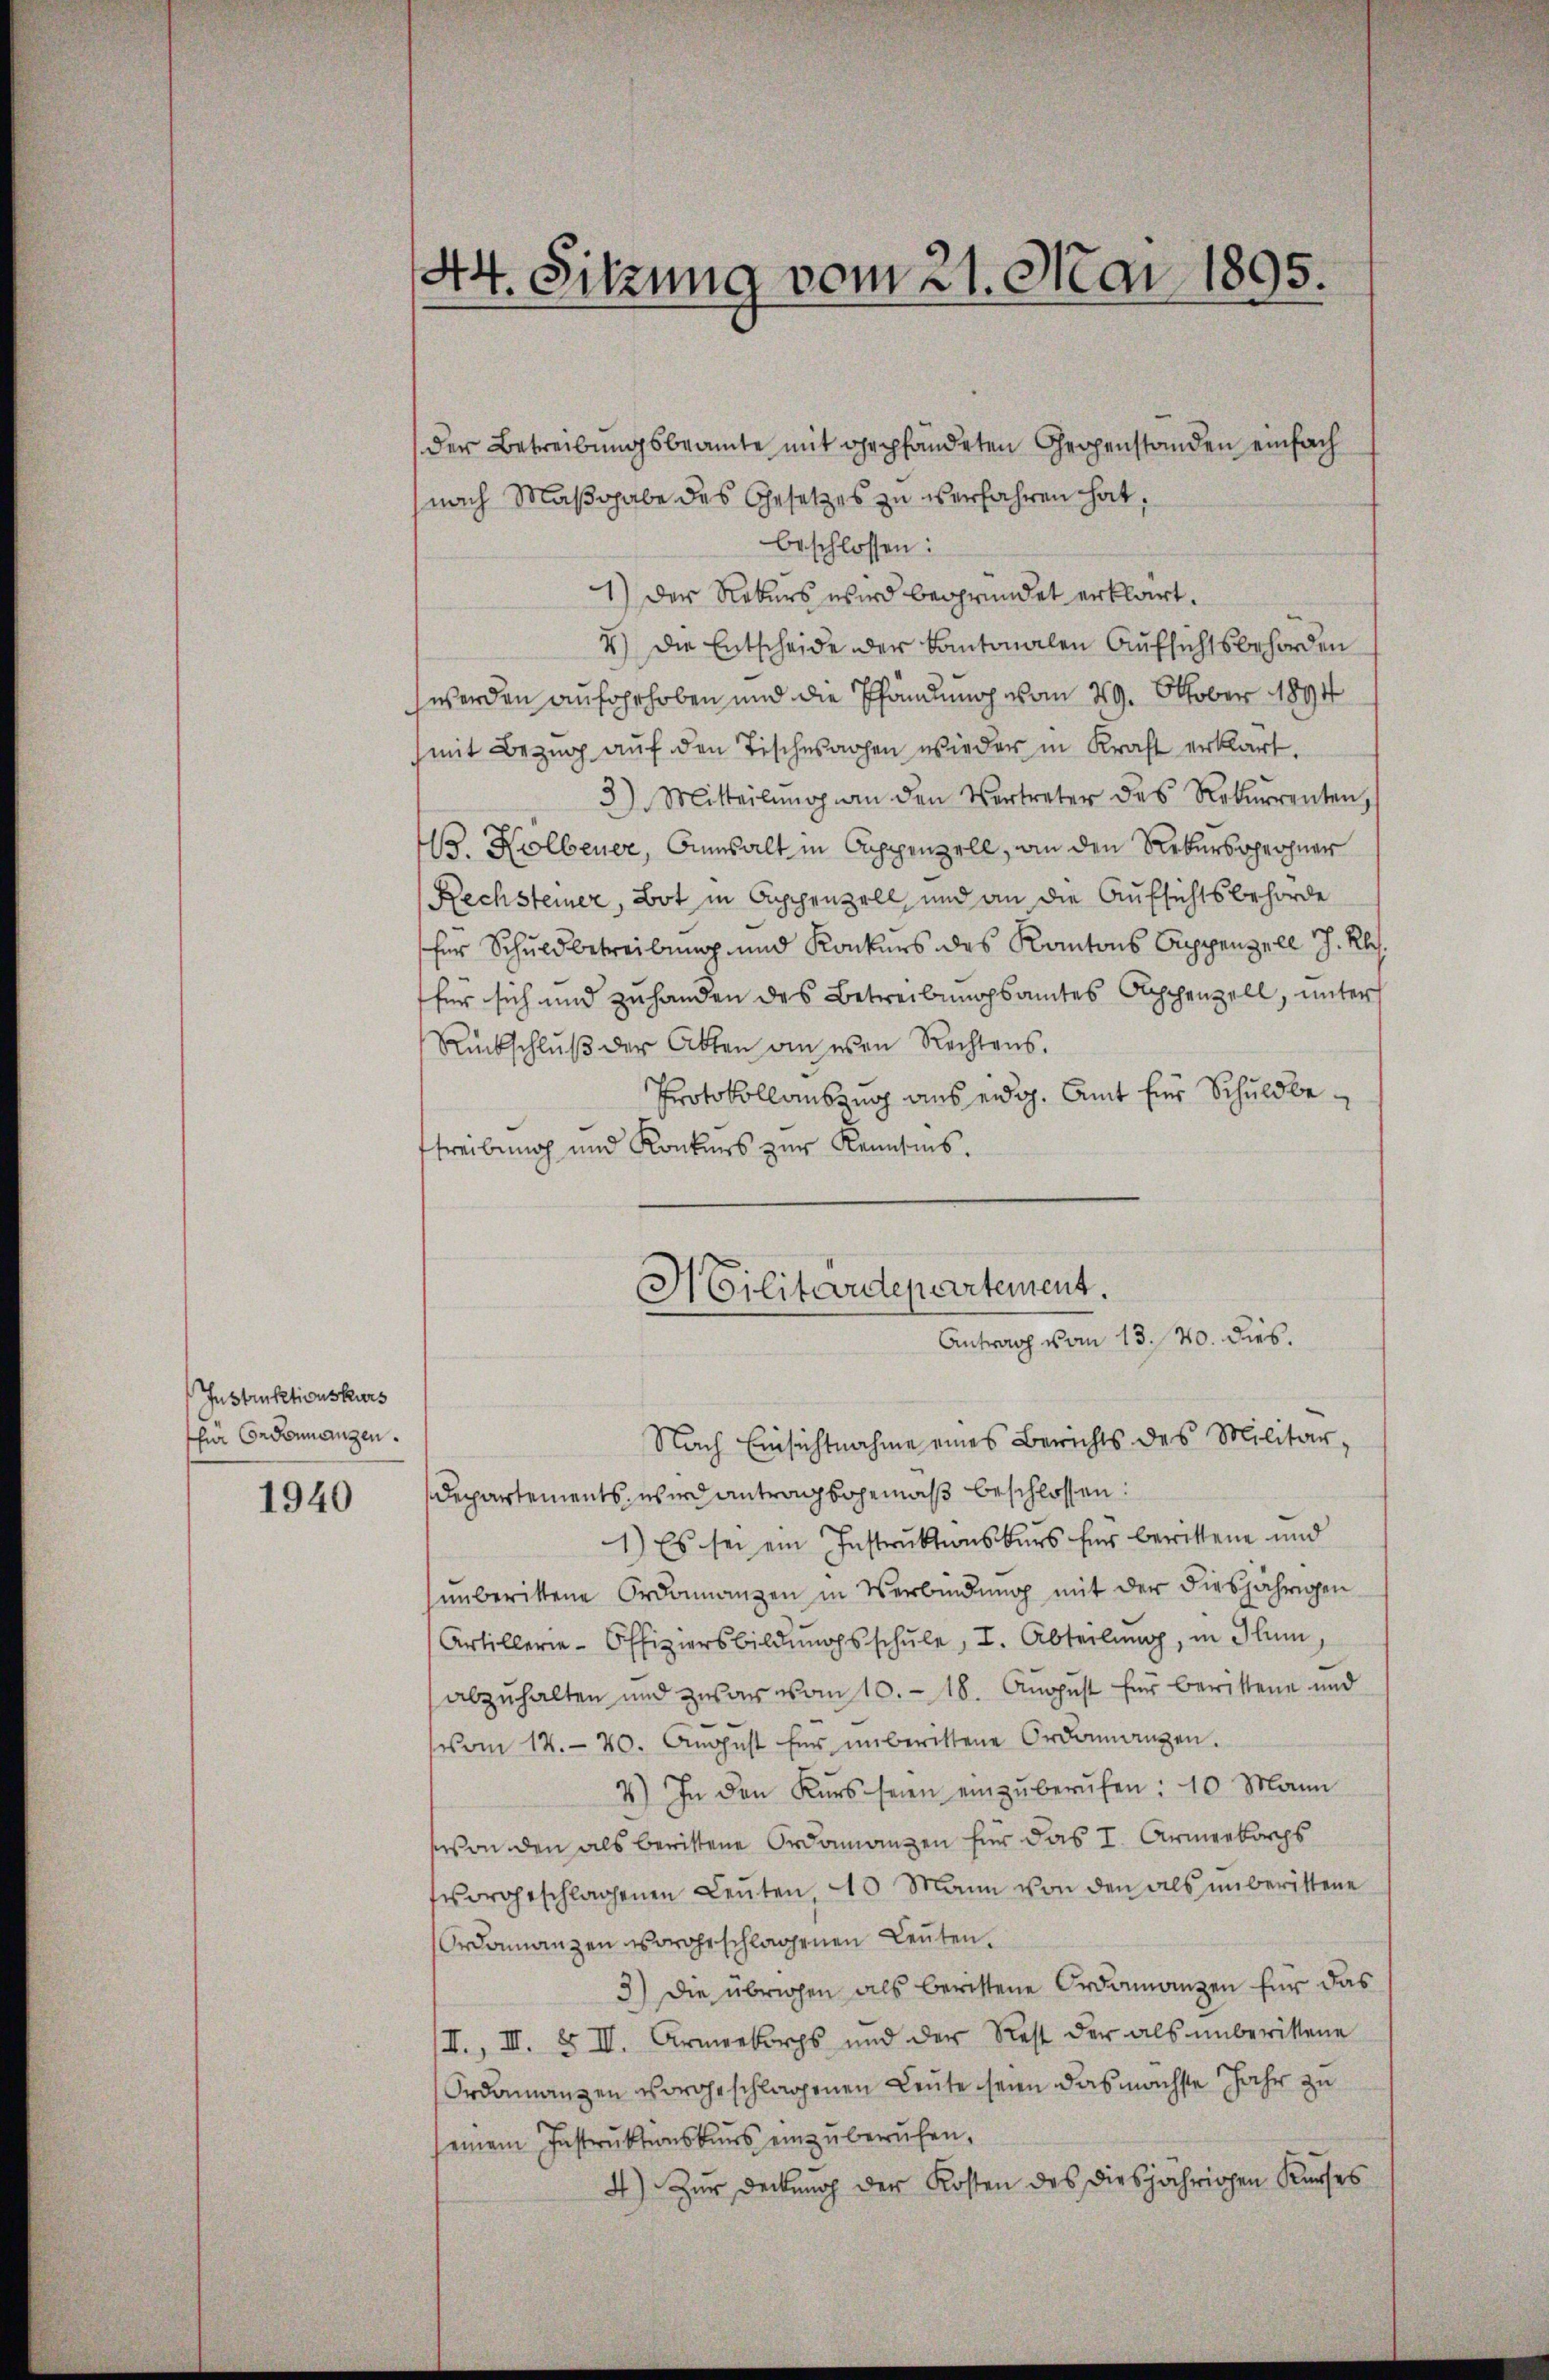
Instruktionskurs
für Ordonangen.

1940

44. Sitzung vom 21. Mai 1895.

der Betreibungsbeamte mit gepfändeten Gegenstanden einfach
nach Maßgabe des Gesetzes zu verfahren hat,
beschlossen:
1) Der Rekurs wird begründet erklärt.
4) Die Entscheide der Kantonalen Aufsichtsbehörden
werden aufgehoben und die Pfändung vom 29. Oktober 1894
mit Bezug auf den Tischesachen wieder in Kraft erklärt.
3) Mitteilŭng an den Vertreter des Rekurrenten,
1. Holbener, Ansalt in Appenzell, an den Rekursrechner
Rechsteiner, Bot in Appenzell, und an die Aufsichtsbehörde
für Schuldbetreibung und Konkurs des Kantons Appenzell I. Kl.
für sich und zuhanden des Betreibungsamtes Abschenzell, unter
Rückschlŭβ der Akten an even Rechtens.
Protokollauszug aus eidg. Amt für Schuldbestreibung und Konkurs zur Kenntnis.
Nach Einsichtnahme eines Berichts des Militär-
Departements, wird antragsgemäß beschlossen:
1) Es sei ein Instruktionskurs für berittene und
unberittene Ordonanzen in Verbindung mit der diesjährigen
Artillerie-Offiziersbildŭngsschŭle, I. Abteilŭng, in Hum
abzuhalten und zwar vom 10. - 18. August für berittene und
vom 12. 20. Aŭgŭst für unberittene Ordonnanzen.
7.) In den Kurs seien einzŭberŭfen: 10. Mann
von den als berittene Ordonanzen für das I. Armeekorgs
vorgeschlagenen Leuten, 40 Mann von den als unberittene
Ordonanzen vorgeschlagenen Leuten.
3) Die übrigen als berittene Ordinanzen für das
II., III. § II. Armeekorchs und der Rest der als unberittene
Ordonanzen vorgeschlagenen Leute seien das mächste Jahr zu
einem Instruktionskurs einzuberufen,
4) Zur Deckung der Kosten des diesjährigen Kurses

Militärdepartement.
Antrag vom 13. 20. dies.